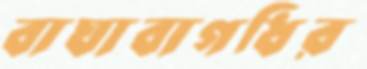
বাঘাবাগধির